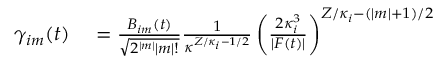
\begin{array} { r l } { \gamma _ { i m } ( t ) } & { { } = \frac { B _ { i m } ( t ) } { \sqrt { 2 ^ { | m | } | m | ! } } \frac { 1 } { \kappa ^ { Z / \kappa _ { i } - 1 / 2 } } \left( \frac { 2 \kappa _ { i } ^ { 3 } } { | F ( t ) | } \right) ^ { Z / \kappa _ { i } - ( | m | + 1 ) / 2 } } \end{array}